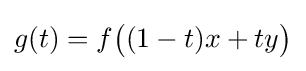
g(t)=f{\big (}(1-t)x+ty{\big )}